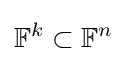
\mathbb {F} ^{k}\subset \mathbb {F} ^{n}